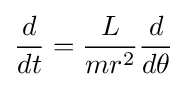
{\frac {d}{dt}}={\frac {L}{mr^{2}}}{\frac {d}{d\theta }}